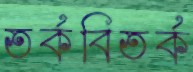
তর্কবিতর্ক